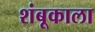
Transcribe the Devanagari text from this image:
शंबूकाला